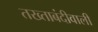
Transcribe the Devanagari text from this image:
तख्ताबंदीवाली